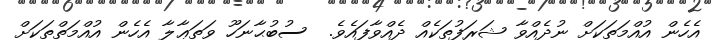
އެހެން އުއްމަތަކަށް ނުދެއްވާ ޝަރަފުތަކެއް ދެއްވާފައެވެ.  ސުބުޙާނަހޫ ވަތަޢާލާ އެހެން އުއްމަތްތަކަށް